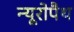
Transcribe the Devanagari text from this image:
न्यूरोपैथ